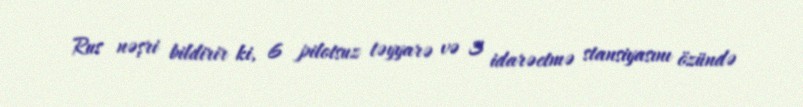
Rus nəşri bildirir ki, 6 pilotsuz təyyarə və 3 idarəetmə stansiyasını özündə